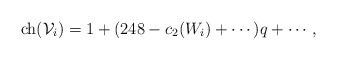
LaTeX: \begin{align*}{\rm ch}(\mathcal{V}_i)=1+(248-c_2(W_i)+\cdots)q+\cdots,\end{align*}